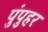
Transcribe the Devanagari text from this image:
पुंपुहर